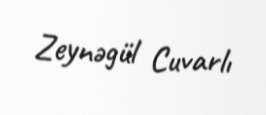
Zeynəgül Cuvarlı